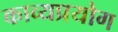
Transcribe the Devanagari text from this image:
काव्यप्रयोग